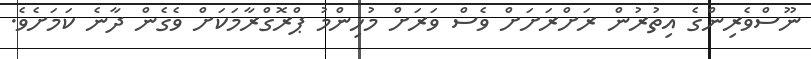
ނޫސްވެރިންގެ އިތުރުން ރަށްރަށަށް ވެސް ވަރަށް މުހިންމު ޕްރޮގްރާމަކަށް ވެގެން ދާނެ ކަމަށެވެ.